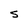
Character: S